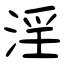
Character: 淫